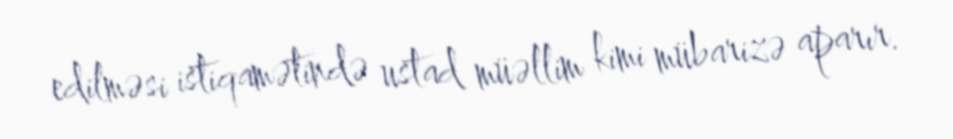
edilməsi istiqamətində ustad müəllim kimi mübarizə aparır.